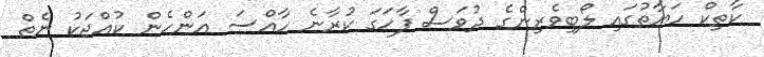
ކާތިކް ހަޔާތުގައި ލޯބިވެރިންގެ ދުވަސް ފާހަގަ ކުރާނެ ހާއްސަ އަންހެން ކުއްޖަކު ނެތް